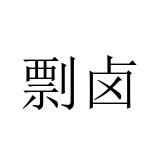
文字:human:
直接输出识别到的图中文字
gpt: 剽卤